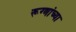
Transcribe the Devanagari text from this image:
रूग्णांच्या